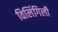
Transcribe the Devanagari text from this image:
विलिंगिली